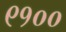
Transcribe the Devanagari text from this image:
९१००